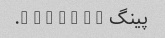
پینگ p - i - n - g.